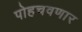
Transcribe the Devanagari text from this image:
पोहचवणार